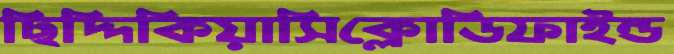
ছিদ্দিকিয়াসিক্লোডিফাইন্ড